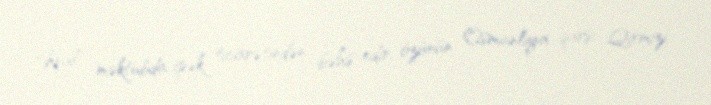
Kral, məktubda ipək ticarətindən bəhs edir, özünün Osmanlıya qarşı Qırmızı